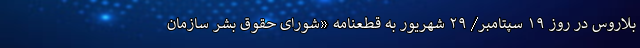
بلاروس در روز ۱۹ سپتامبر/ ۲۹ شهریور به قطعنامه «شورای حقوق بشر سازمان